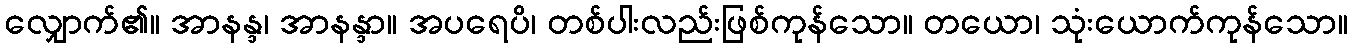
လျှောက်၏။ အာနန္ဒ၊ အာနန္ဒာ။ အပရေပိ၊ တစ်ပါးလည်းဖြစ်ကုန်သော။ တယော၊ သုံးယောက်ကုန်သော။